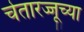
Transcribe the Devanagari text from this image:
चेतारज्जूच्या